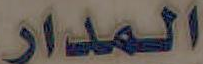
المدار